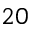
2 0